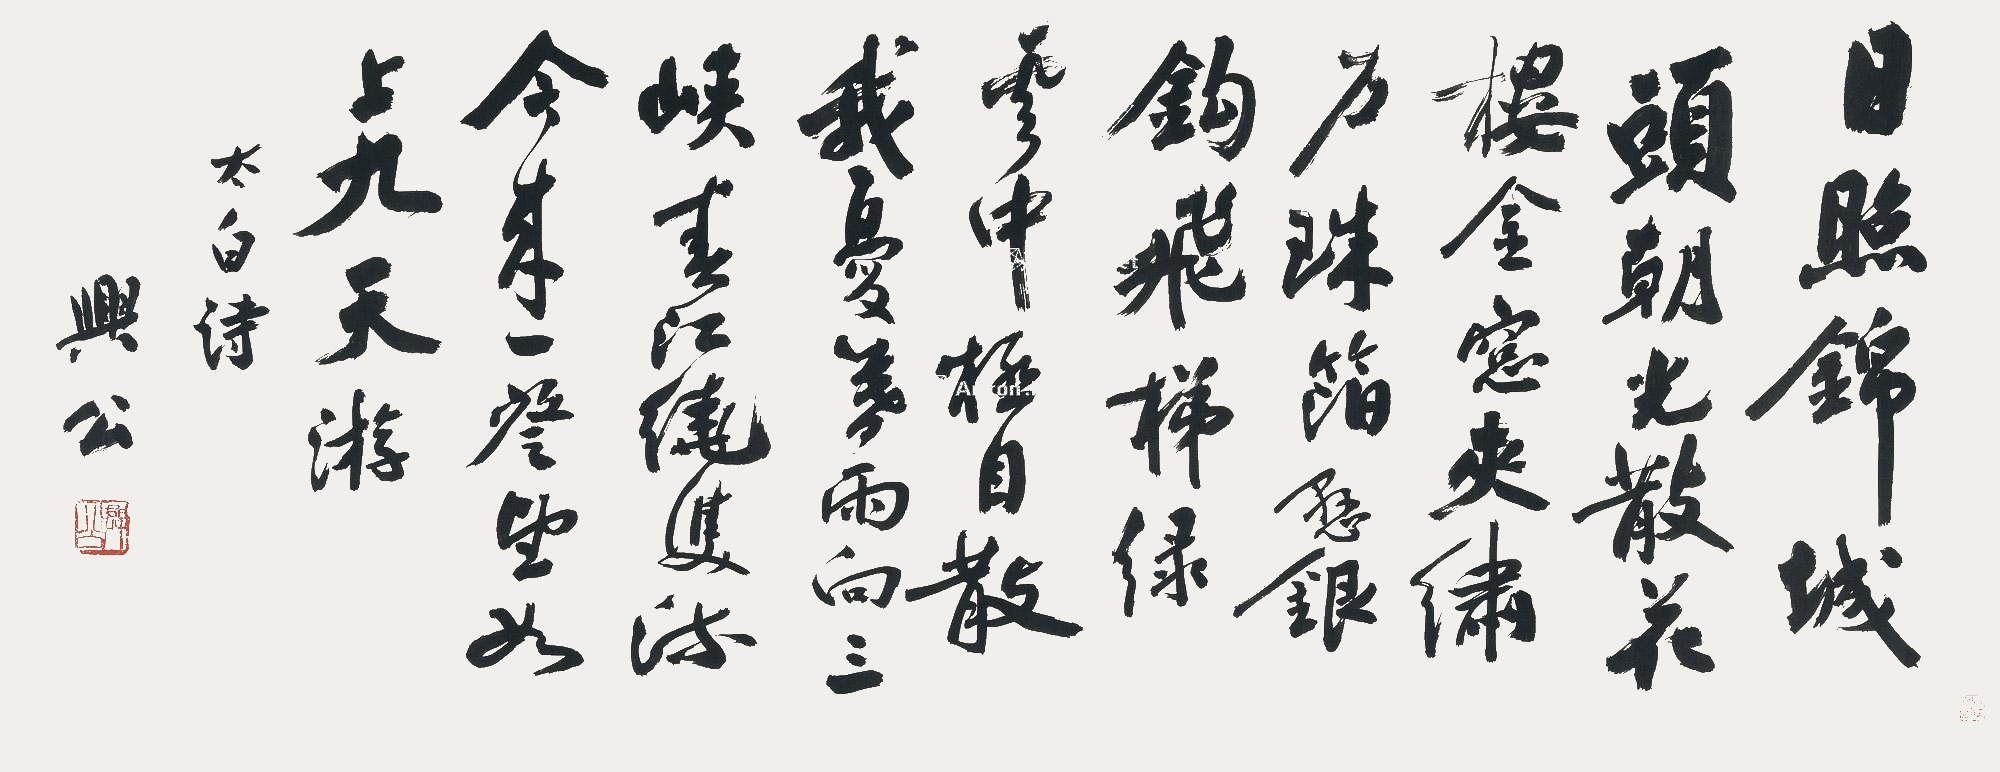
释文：日照锦城头，朝光散花楼。金窗夹绣户，珠箔悬银钩。飞梯绿云中，极目散我忧。暮雨向三峡，春江绕双流。今来一登望，如上九天游。太白诗，兴公。